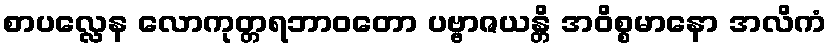
စာပလ္လေန လောကုတ္တရဘာဝတော ပဗ္ဗာဇယန္တိ အဝိစ္စမာနော အလိကံ